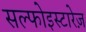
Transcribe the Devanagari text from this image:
सल्फोइस्टारेज़